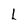
Character: L